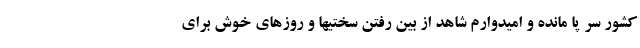
کشور سر پا مانده و امیدوارم شاهد از بین رفتن سختیها و روزهای خوش برای